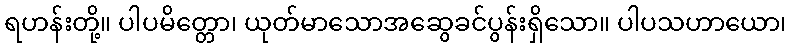
ရဟန်းတို့။ ပါပမိတ္တော၊ ယုတ်မာသောအဆွေခင်ပွန်းရှိသော။ ပါပသဟာယော၊